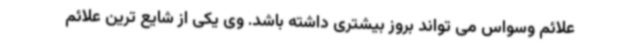
علائم وسواس می تواند بروز بیشتری داشته باشد. وی یکی از شایع ترین علائم